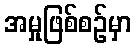
အမှုဖြစ်စဉ်မှာ